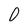
Character: O